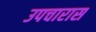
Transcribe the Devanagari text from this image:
उपचारास